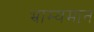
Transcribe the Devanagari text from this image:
भ्राम्यमान